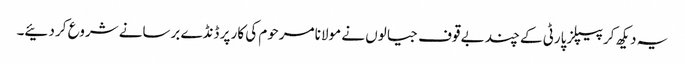
یہ دیکھ کر پیپلز پارٹی کے چند بے قوف جیالوں نے مولانا مرحوم کی کار پر ڈنڈے برسانے شروع کر دئیے۔